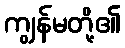
ကျွန်မတို့၏